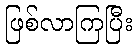
ဖြစ်လာကြပြီး